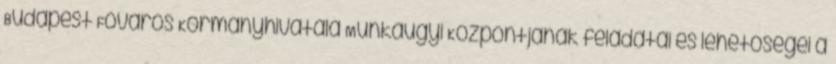
Budapest Főváros Kormányhivatala Munkaügyi Központjának feladatai és lehetőségei a